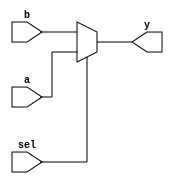
/* bottom_mux */
module bottom_mux(
	output	wire	[4:0]	y,		// Output of Multiplexer
	input		wire	[4:0]	a,		// Input 1 of Multiplexer
								b,		// Input 0 of Multiplexer
	input		wire			sel	// Select Input
   );
   
   assign	y = sel ? a : b;
endmodule // bottom_mux